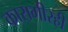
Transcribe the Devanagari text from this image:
कारागीरही